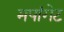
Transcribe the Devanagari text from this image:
मपांगेट